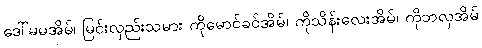
ဒေါ်မမအိမ်၊ မြင်းလှည်းသမား ကိုမောင်ခင်အိမ်၊ ကိုသိန်းလေးအိမ်၊ ကိုဘလှအိမ်